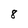
Character: 8